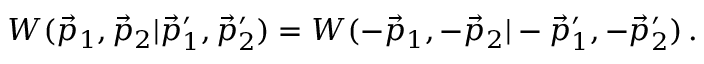
\begin{array} { r } { W ( \vec { p } _ { 1 } , \vec { p } _ { 2 } | \vec { p } _ { 1 } ^ { \prime } , \vec { p } _ { 2 } ^ { \prime } ) = W ( - \vec { p } _ { 1 } , - \vec { p } _ { 2 } | - \vec { p } _ { 1 } ^ { \prime } , - \vec { p } _ { 2 } ^ { \prime } ) \, . } \end{array}